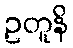
ဥတူနိ